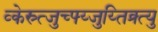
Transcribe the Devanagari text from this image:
व्केस्र्त्जुच्फ्य्जुय्तिक्र्त्यु